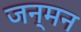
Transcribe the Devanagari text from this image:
जन्मन